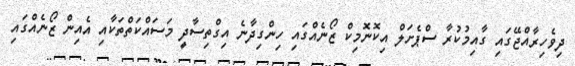
ދިވެހިރާއްޖޭގައި ގާއިމުކުރާ ސްޕެށަލް އިކޮނޮމިކް ޒޯނެއްގައި ހިންގިދާނެ އިގްތިސާދީ މަސައްކަތްތަކާއި އެއިން ޒޯނެއްގައި